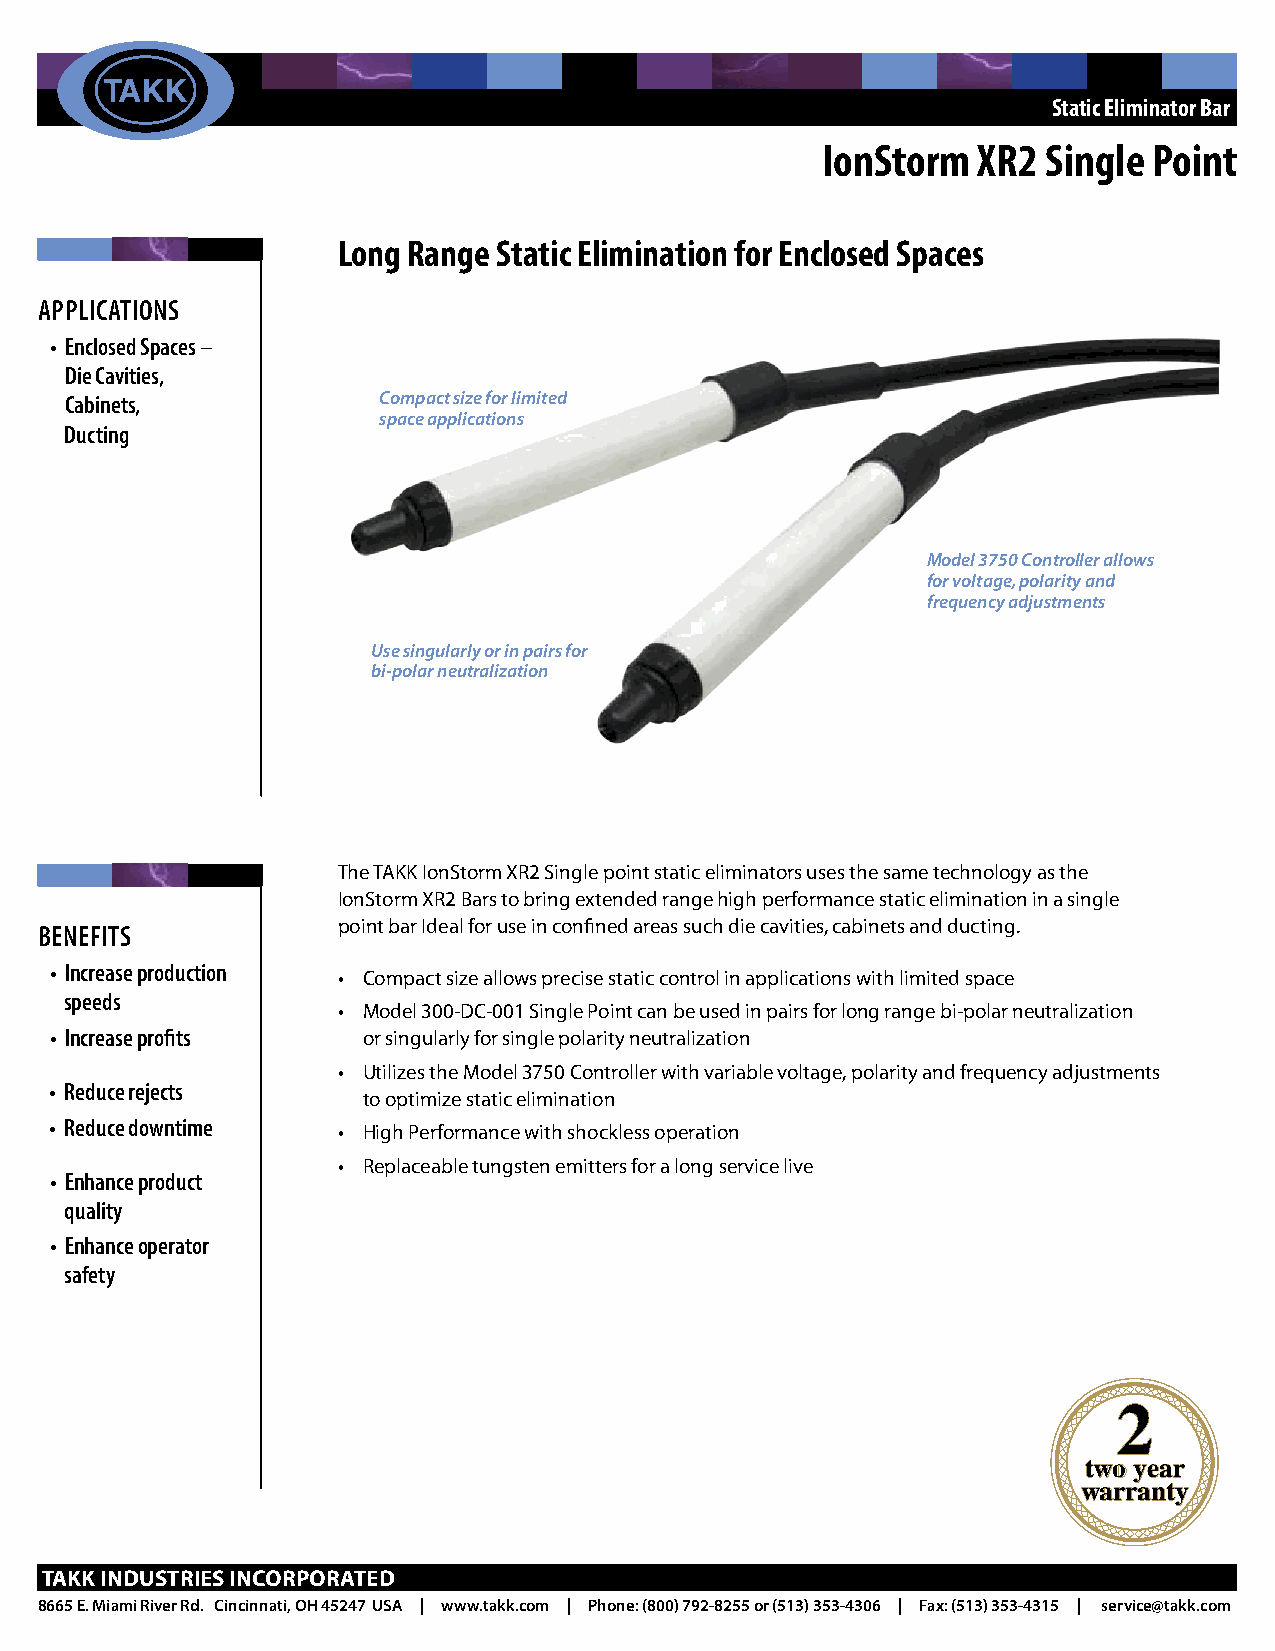
Static Eliminator Bar
 IonStorm   XR2 Single Point
 Long Range Static Elimination for Enclosed Spaces
 ApplicAtions
 • enclosed spaces –
 Die cavities,
 cabinets,            Compact size for limited
 space applications
 Ducting
 Model 3750 Controller allows
 for voltage, polarity and
 frequency adjustments
 Use singularly or in pairs for
 bi-polar neutralization
 The TAKK IonStorm XR2 Single point static eliminators uses the same technology as the
 IonStorm XR2 Bars to bring extended range high performance static elimination in a single
 point bar Ideal for use in confined areas such die cavities, cabinets and ducting.
 Benefits
 • increase production
 • Compact size allows precise static control in applications with limited space
 speeds
 • Model 300-DC-001 Single Point can be used in pairs for long range bi-polar neutralization
 • increase profits   or singularly for single polarity neutralization
 • Utilizes the Model 3750 Controller with variable voltage, polarity and frequency adjustments
 • Reduce rejects
 to optimize static elimination
 • Reduce downtime
 • High Performance with shockless operation
 • Replaceable tungsten emitters for a long service live
 • enhance product
 quality
 • enhance operator
 safety
 2
 two year
 warranty
 TAKK IndusTrIes IncorporATed
 8665 E. Miami River Rd. Cincinnati, OH 45247 USA | www.takk.com | Phone: (800) 792-8255 or (513) 353-4306 | Fax: (513) 353-4315 | service@takk.com